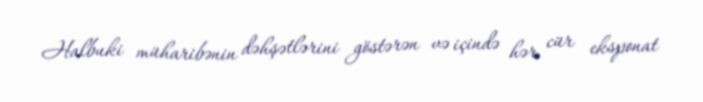
Halbuki müharibənin dəhşətlərini göstərən və içində hər cür eksponat